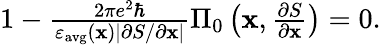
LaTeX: \begin{array}{r}{1-\frac{2\pi e^{2}\hbar}{\varepsilon_{\mathrm{avg}}(\mathbf{x})|\partial S/\partial\mathbf{x}|}\Pi_{0}\left(\mathbf{x},\frac{\partial S}{\partial\mathbf{x}}\right)=0.}\end{array}